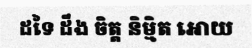
ដទៃ ដឹង ចិត្ត និម្មិត អោយ